Black-water fever - Number 35
Disease focus: Fever
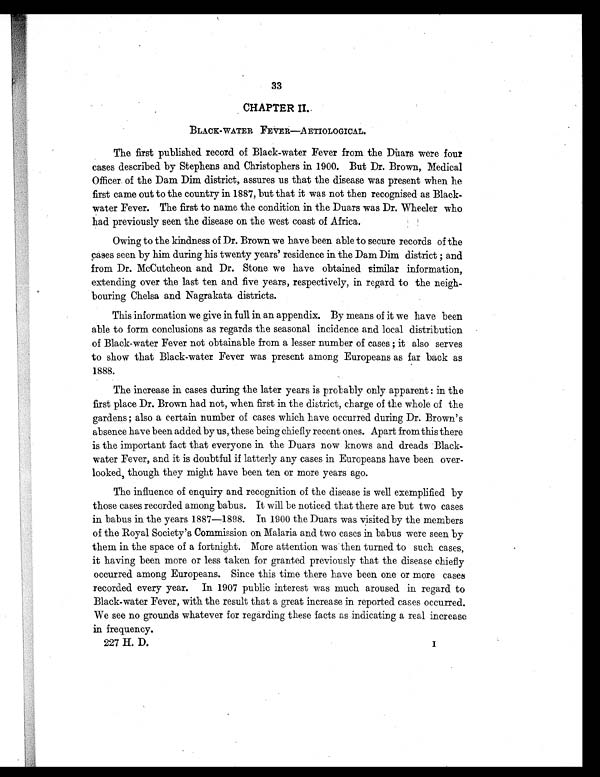
33
CHAPTER II.
BLACK—WATER FEVER—AETIOLOGICAL.
The first published record of Black-water Fever from the Mars were four
cases described by Stephens and Christophers in 1900. But Dr. Brown, Medical
Officer of the Dam Dim district, assures us that the disease was present when he
first came out to the country in 1887, but that it was not then recognised as Black-
water Fever. The first to name the condition in the Duars was Dr. Wheeler who
had previously seen the disease on the west coast of Africa.
Owing to the kindness of Dr. Brown we have been able to secure records of the
cases seen by him during his twenty years' residence in the Dam Dim district; and
from Dr. McCutcheon and Dr. Stone we have obtained similar information,
extending over the last ten and five years, respectively, in regard to the neigh-
bouring Chelsa and Nagrakata districts.
This information we give in full in an appendix. By means of it we have been
able to form conclusions as regards the seasonal incidence and local distribution
of Black-water Fever not obtainable from a lesser number of cases; it also serves
to show that Black-water Fever was present among Europeans as far back as
1888.
The increase in cases during the later years is probably only apparent: in the
first place Dr. Brown had not, when first in the district, charge of the whole of the
gardens; also a certain number of cases which have occurred during Dr. Brown's
absence have been added by us, these being chiefly recent ones. Apart from this there
is the important fact that everyone in the Duars now knows and dreads Black-
water Fever, and it is doubtful if latterly any cases in Europeans have been over-
looked, though they might have been ten or more years ago.
The influence of enquiry and recognition of the disease is well exemplified by
those cases recorded among babus. It will be noticed that there are but two cases
in babus in the years 1887—1898. In 1900 the Duars was visited by the members
of the Royal Society's Commission on Malaria and two cases in babus were seen by
them in the space of a fortnight. More attention was then turned to such cases,
it having been more or less taken for granted previously that the disease chiefly
occurred among Europeans. Since this time there have been one or more cases
recorded every year. In 1907 public interest was much aroused in regard to
Black-water Fever, with the result that a great increase in reported cases occurred.
We see no grounds whatever for regarding these facts as indicating a real increase
in frequency.
227 H. D.